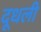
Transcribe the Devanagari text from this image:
दूधली